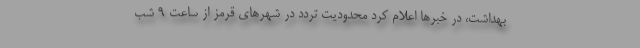
بهداشت، در خبرها اعلام کرد محدودیت تردد در شهرهای قرمز از ساعت ۹ شب